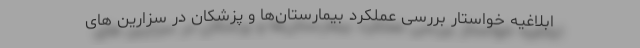
ابلاغیه خواستار بررسی عملکرد بیمارستان‌ها و پزشکان در سزارین های